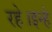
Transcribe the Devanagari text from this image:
रहे।इन्हे